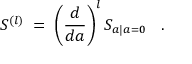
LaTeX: S ^ { ( l ) } \; = \; \left( \frac { d } { d a } \right) ^ { l } S _ { a | a = 0 } \; \; \; .